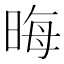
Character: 晦